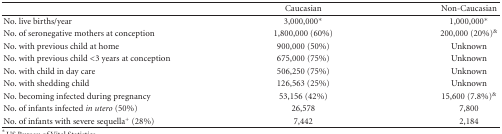
|  | Caucasian | Non-Caucasian |
 | --- | --- | --- |
 | No. live births/year | 3,000,000* | 1,000,000* |
 | No. of seronegative mothers at conception | 1,800,000 (60%) | 200,000 (20%)& |
 | No. with previous child at home | 900,000 (50%) | Unknown |
 | No. with previous child <3 years at conception | 675,000 (75%) | Unknown |
 | No. with child in day care | 506,250 (75%) | Unknown |
 | No. with shedding child | 126,563 (25%) | Unknown |
 | No. becoming infected during pregnancy | 53,156 (42%) | 15,600 (7.8%)& |
 | No. of infants infected in utero (50%) | 26,578 | 7,800 |
 | No. of infants with severe sequella+ (28%) | 7,442 | 2,184 |